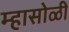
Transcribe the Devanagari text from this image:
म्हासोळी